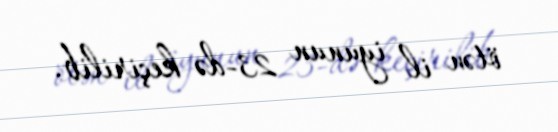
ötən il iyunun 23-də keçirilib.